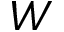
W